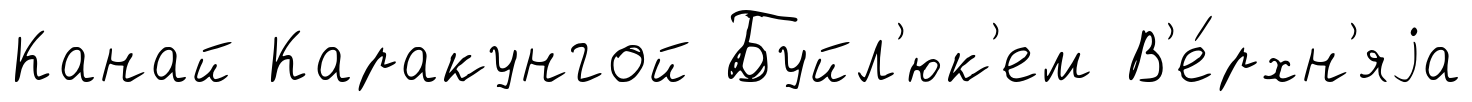
Канай Каракунгой Буйл'юк'ем В'е́рхн'яjа